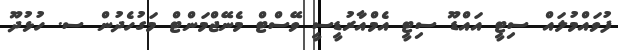
ފުވައްމުލައް ސިޓީ އައްޑޫ ސިޓީ އެމްއާރުޑީސީ ވޭސްޓް މެނޭޖްމަންޓް މަގުހެދުން ސ. ހުޅުދޫ